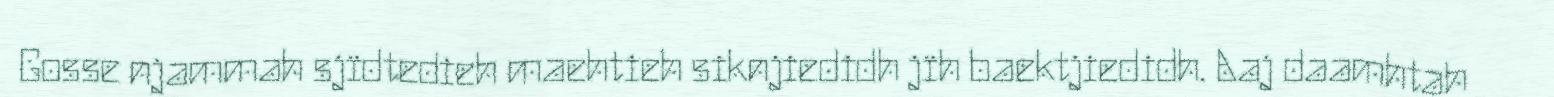
Gosse njammah sjïdtedieh maehtieh siknjiedidh jïh baektjiedidh. Aaj daamhtah